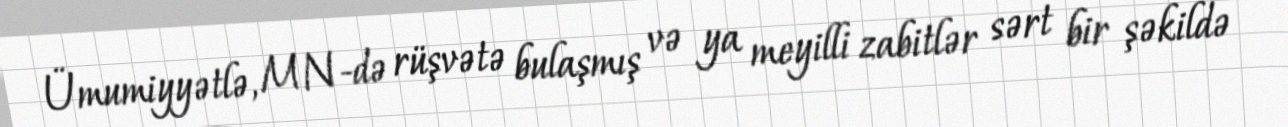
Ümumiyyətlə, MN-də rüşvətə bulaşmış və ya meyilli zabitlər sərt bir şəkildə